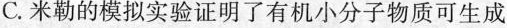
C.米勒的模拟实验证明了有机小分子物质可生成